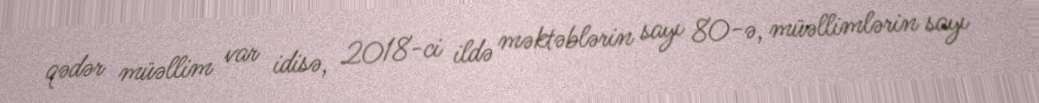
qədər müəllim var idisə, 2018-ci ildə məktəblərin sayı 80-ə, müəllimlərin sayı